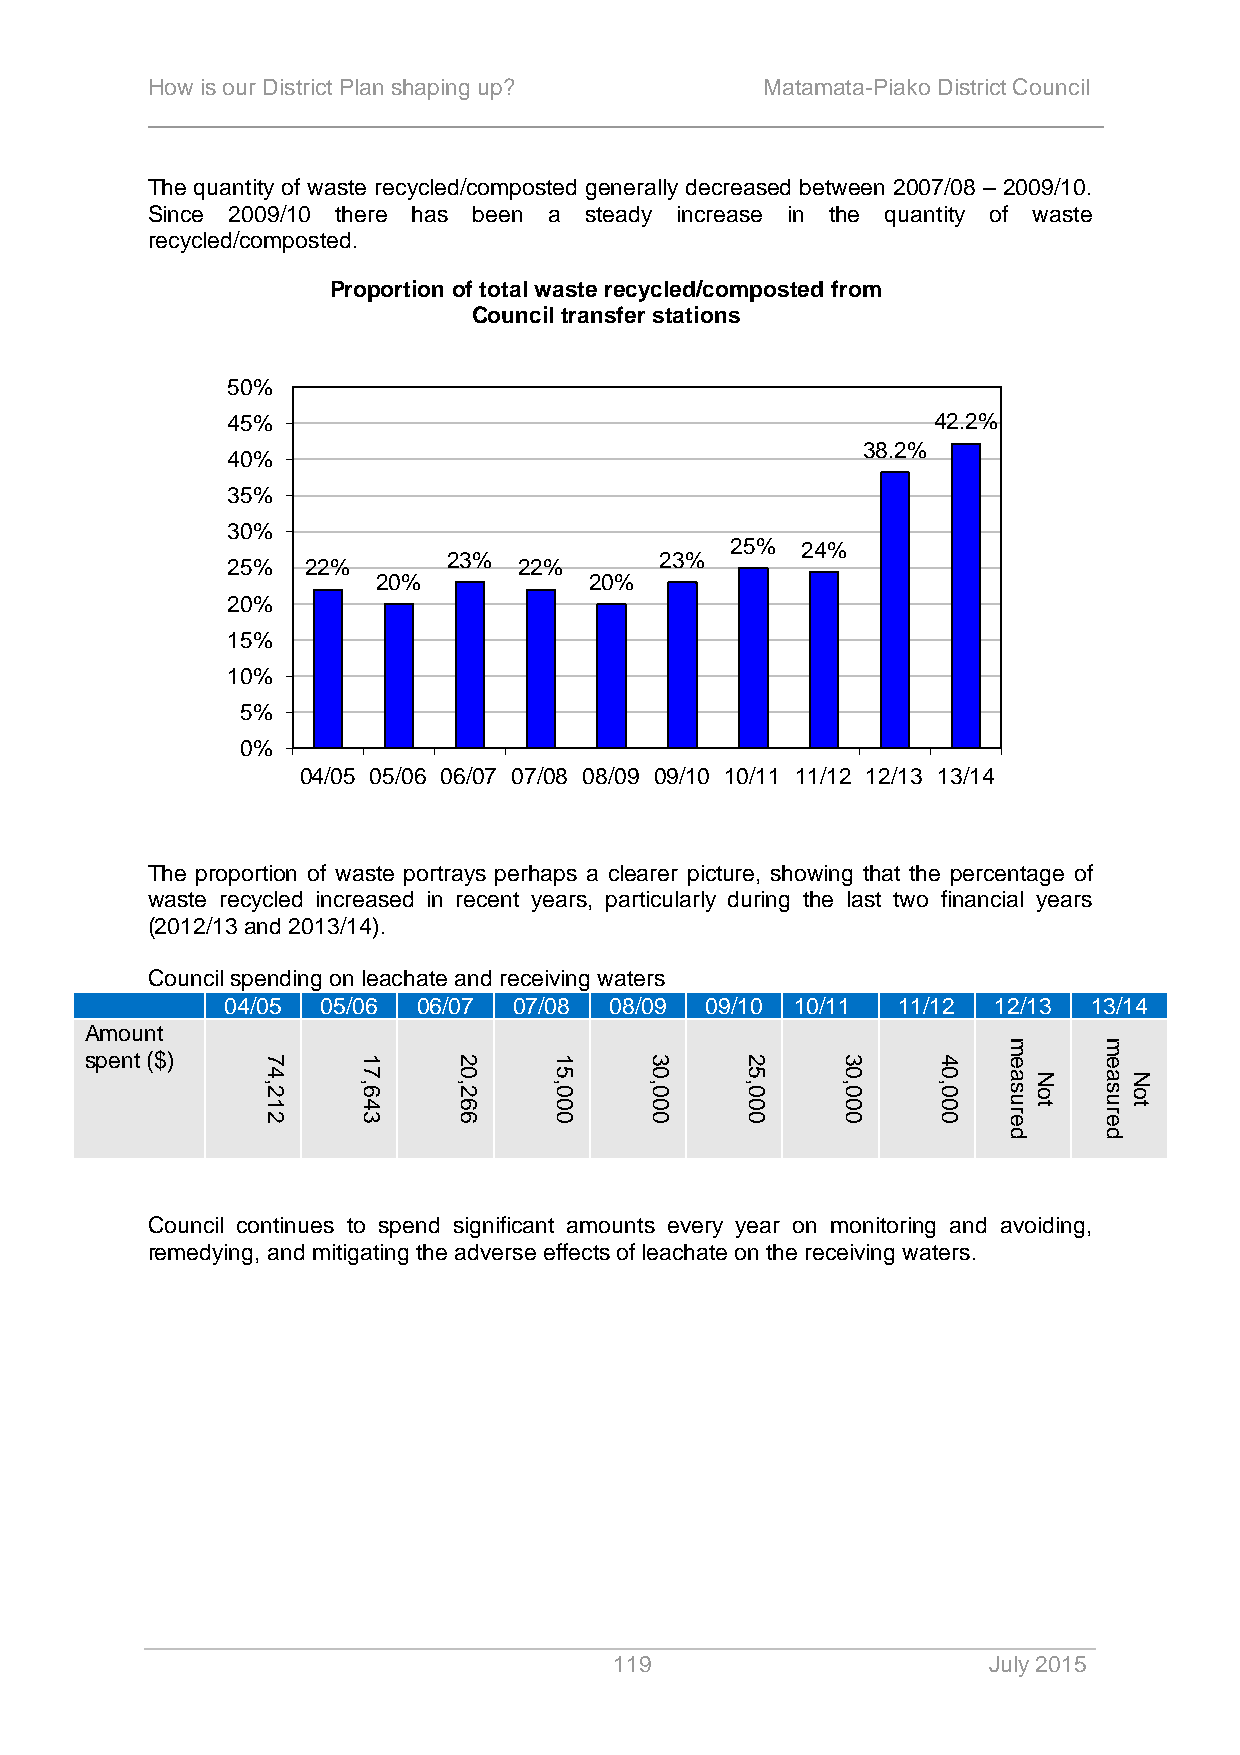
How is our District Plan shaping up?     Matamata-Piako District Council
 The quantity of waste recycled/composted generally decreased between 2007/08 – 2009/10.
 Since 2009/10 there has been a steady increase in the quantity of waste
 recycled/composted.
 Proportion of total waste recycled/composted from
 Council transfer stations
 50%
 45%                                            42.2%
 38.2%
 40%
 35%
 30%
 25%  24%
 23%           23%
 25%  22%           22%
 20%           20%
 20%
 15%
 10%
 5%
 0%
 04/05 05/06 06/07 07/08 08/09 09/10 10/11 11/12 12/13 13/14
 The proportion of waste portrays perhaps a clearer picture, showing that the percentage of
 waste recycled increased in recent years, particularly during the last two financial years
 (2012/13 and 2013/14).
 Council spending on leachate and receiving waters
 04/05 05/06  06/07 07/08 08/09  09/10 10/11 11/12  12/13 13/14
 Amount
 spent ($)
 Council continues to spend significant amounts every year on monitoring and avoiding,
 remedying, and mitigating the adverse effects of leachate on the receiving waters.
 119                     July 2015
 74,212 17,643 20,266 15,000 30,000 25,000 30,000 40,000
 measured
 Not
 measured
 Not